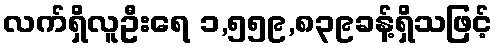
လက်ရှိလူဦးရေ ၁,၅၅၉,၈၃၉ခန့်ရှိသဖြင့်